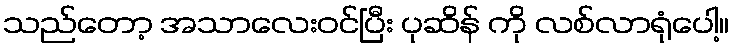
သည်တော့ အသာလေးဝင်ပြီး ပုဆိန် ကို လစ်လာရုံပေါ့။